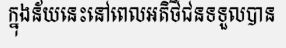
ក្នុងន័យនេះនៅពេលអតិថិជនទទួលបាន